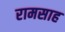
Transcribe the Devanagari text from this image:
रामसाह